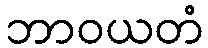
ဘာဝယတံ